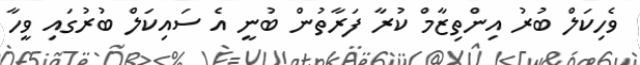
ވެހިކަލް ބުރު އިންތިޒާމް ކުރާ ފަރާތުން ބުނީ އެ ސައިކަލް ބުރުގައި ވީހާ